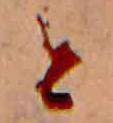
と